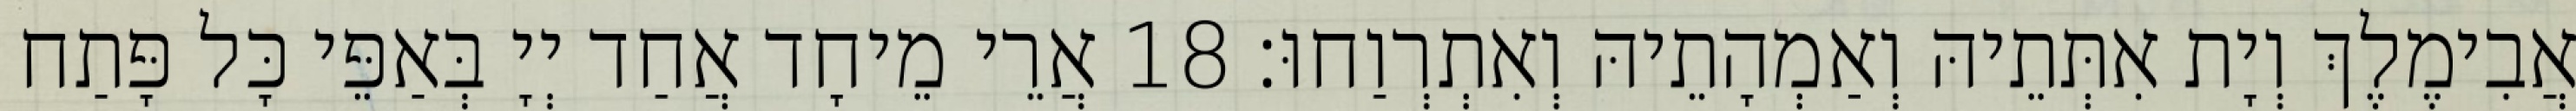
אֲבִימֶלֶךְ וְיָת אִתְּתֵיהּ וְאַמְהָתֵיהּ וְאִתְרְוַחוּ׃ 18 אֲרֵי מֵיחָד אֲחַד יְיָ בְּאַפֵּי כָּל פָּתַח